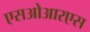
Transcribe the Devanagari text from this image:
एसओआरएस